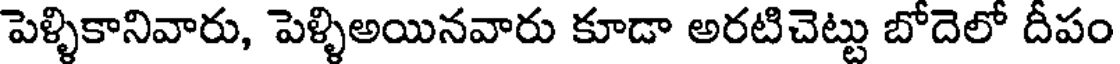
పెళ్ళికానివారు, పెళ్ళిఅయినవారు కూడా అరటిచెట్టు బోదెలో దీపం